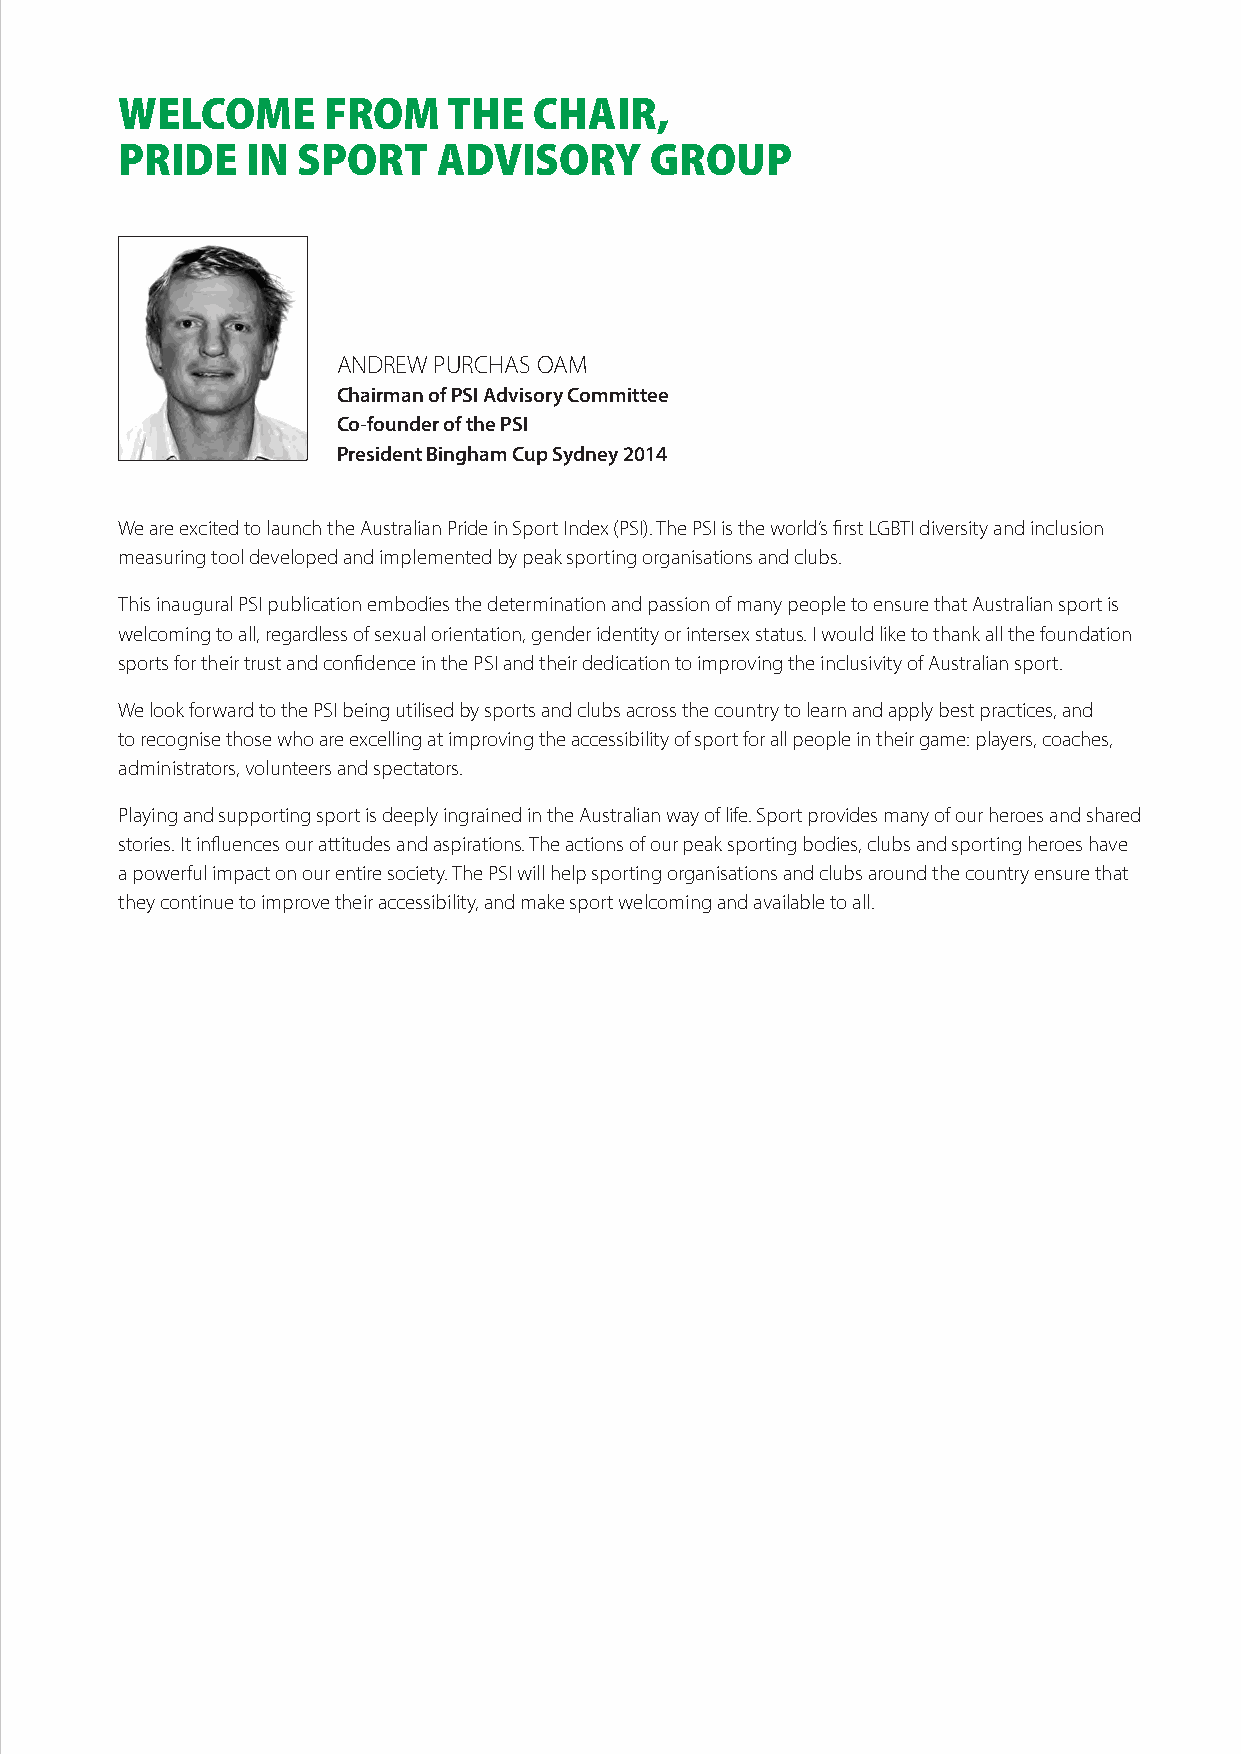
WELCOME      FROM     THE  CHAIR,
 PRIDE   IN  SPORT    ADVISORY      GROUP
 ANDREW PURCHAS OAM
 Chairman of PSI Advisory Committee
 Co-founder of the PSI
 President Bingham Cup Sydney 2014
 We are excited to launch the Australian Pride in Sport Index (PSI). The PSI is the world’s first LGBTI diversity and inclusion
 measuring tool developed and implemented by peak sporting organisations and clubs.
 This inaugural PSI publication embodies the determination and passion of many people to ensure that Australian sport is
 welcoming to all, regardless of sexual orientation, gender identity or intersex status. I would like to thank all the foundation
 sports for their trust and confidence in the PSI and their dedication to improving the inclusivity of Australian sport.
 We look forward to the PSI being utilised by sports and clubs across the country to learn and apply best practices, and
 to recognise those who are excelling at improving the accessibility of sport for all people in their game: players, coaches,
 administrators, volunteers and spectators.
 Playing and supporting sport is deeply ingrained in the Australian way of life. Sport provides many of our heroes and shared
 stories. It influences our attitudes and aspirations. The actions of our peak sporting bodies, clubs and sporting heroes have
 a powerful impact on our entire society. The PSI will help sporting organisations and clubs around the country ensure that
 they continue to improve their accessibility, and make sport welcoming and available to all.
 At Macquarie, we realise the power that diversity and inclusion brings to our
 workplace and to our clients. Over the past few years we have been on a journey to
 ensure we promote a diverse and inclusive environment where everyone can be their
 whole selves, through education, awareness and connections to the community.
 We are proud to be sponsoring the inaugural Pride in Sport Index and would like
 to congratulate all the sporting organisations who share these same values of creating
 safe and inclusive environments for all their players, staff, fans and our society.
 macquarie.com
 PrideinSport.indd 1 20/6/17 3:41 pm